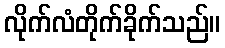
လိုက်လံတိုက်ခိုက်သည်။